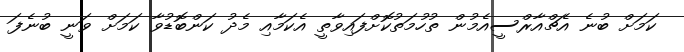
ކަމަށް ބުނެ އެޗްއާރްސީއެމުން ތުހުމަތުކޮށްފައިވާތީ އެކަމާއި މެދު ކަންބޮޑުވާ ކަމަށް ވަނީ ބުނެފަ